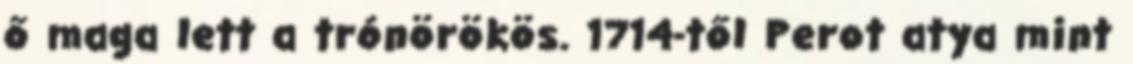
ő maga lett a trónörökös. 1714-től Perot atya mint